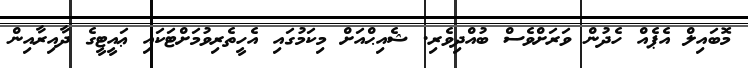
މޮބައިލް އެޕެއް ހެދުން ވަރަށްވެސް ބުއްދިވެރި. ޝެއިޙްއަށް މިކަމުގައި އެހީތެރިވުމަށްޓަކައި ޢައީޓީގެ ދާއިރާއިން